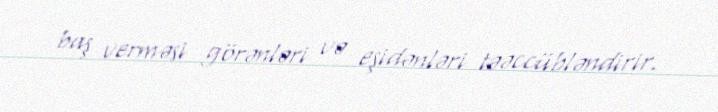
baş verməsi görənləri və eşidənləri təəccübləndirir.